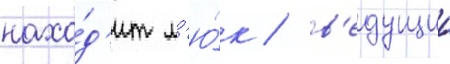
нахо́д'ит л'ю́к / в'едущии